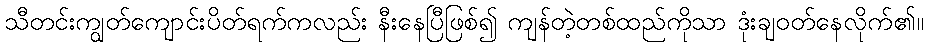
သီတင်းကျွတ်ကျောင်းပိတ်ရက်ကလည်း နီးနေပြီဖြစ်၍ ကျန်တဲ့တစ်ထည်ကိုသာ ဒုံးချဝတ်နေလိုက်၏။